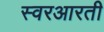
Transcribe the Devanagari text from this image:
स्वरआरती